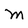
Character: M